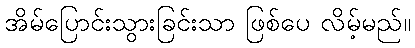
အိမ်ပြောင်းသွားခြင်းသာ ဖြစ်ပေ လိမ့်မည်။